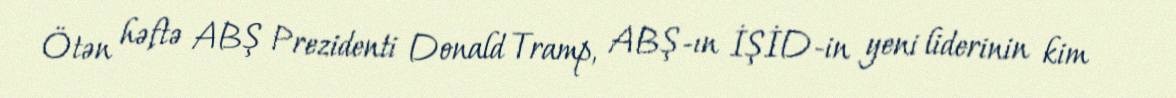
Ötən həftə ABŞ Prezidenti Donald Tramp, ABŞ-ın İŞİD-in yeni liderinin kim